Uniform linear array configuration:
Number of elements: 32
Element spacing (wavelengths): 0.25
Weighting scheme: kaiser
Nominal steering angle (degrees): -60
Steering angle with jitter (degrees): -59.556
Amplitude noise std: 0.05
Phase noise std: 0.05

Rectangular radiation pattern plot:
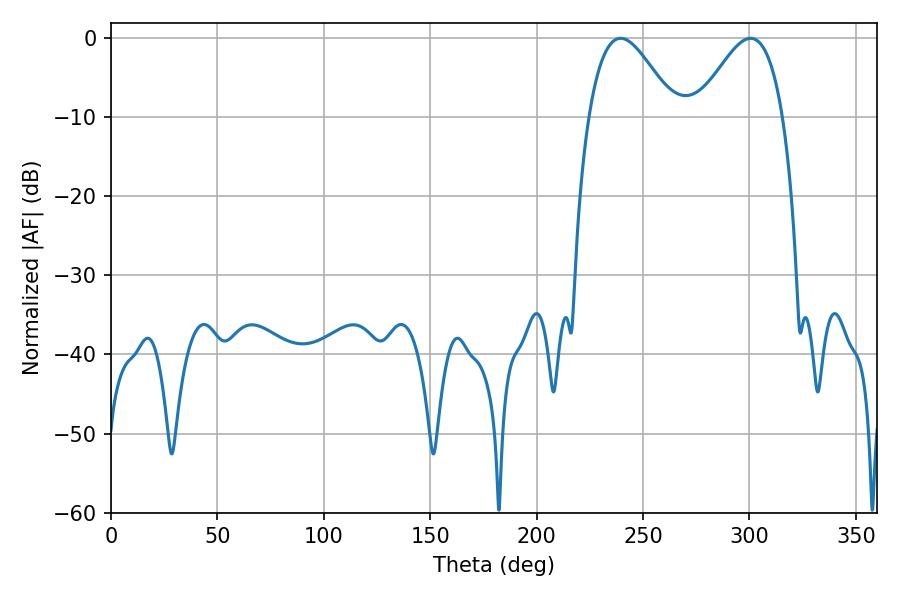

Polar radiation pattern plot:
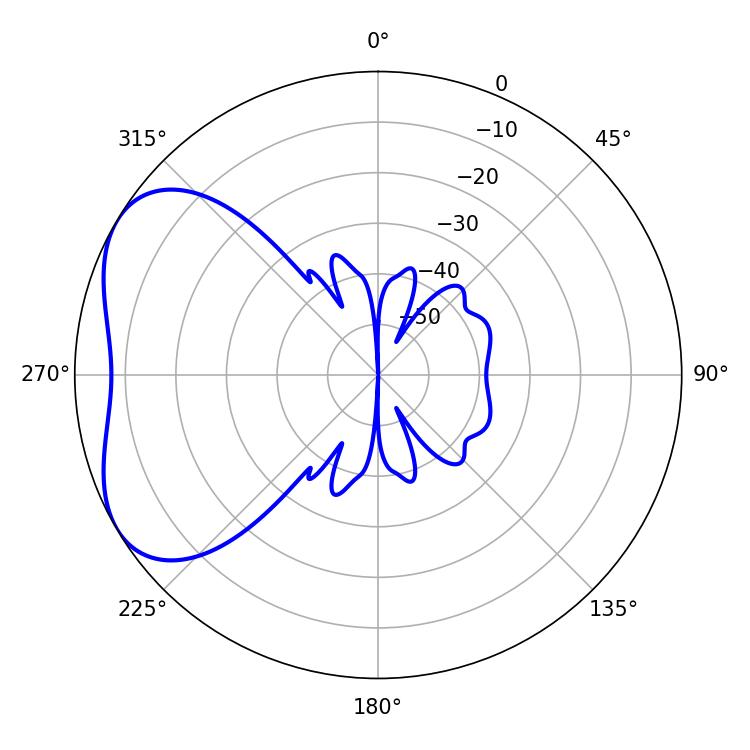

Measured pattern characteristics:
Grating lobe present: FALSE
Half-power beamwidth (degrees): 21.6
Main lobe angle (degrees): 239.4